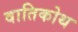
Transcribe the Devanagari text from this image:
वातिकोथ